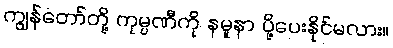
ကျွန်တော်တို့ ကုမ္ပဏီကို နမူနာ ပို့ပေးနိုင်မလား။